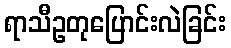
ရာသီဥတုပြောင်းလဲခြင်း